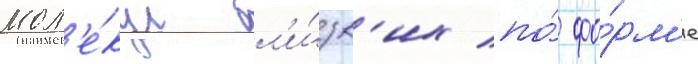
мол'е́кул бл'и́зк'их по́ фо́рм'е